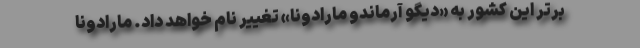
برتر این کشور به «دیگو آرماندو مارادونا» تغییر نام خواهد داد. مارادونا